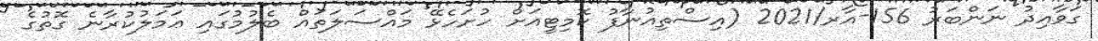
ގަވާއިދު ނަންބަރު 156-އާރ/2021 (އިސްތިއުނާފު ކޮމިޓީއަށް ހުށަހެޅޭ މައްސަލަތައް ބެލުމުގައި ޢަމަލުކުރާނެ ގޮތުގެ